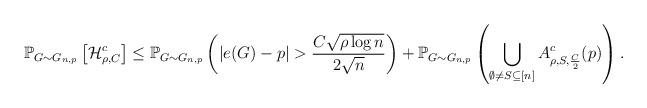
LaTeX: \begin{align*}\mathbb{P}_{G \sim G_{n,p}}\left[ \mathcal{H}^c_{\rho,C} \right] \leq \mathbb{P}_{G \sim G_{n,p}}\left(|e(G)-p| > \frac{C \sqrt{\rho \log n}}{2\sqrt{n}}\right)+\mathbb{P}_{G \sim G_{n,p}}\left(\bigcup_{\emptyset \not = S \subseteq [n]}A^c_{\rho,S,\frac{C}{2}}(p)\right).\end{align*}